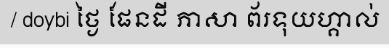
/ doybi ថ្ងៃ ផែនដី ភាសា ព័រទុយហ្គាល់